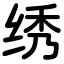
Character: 绣